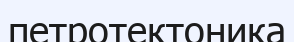
петротектоника